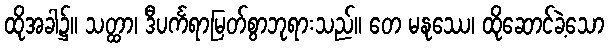
ထိုအခါ၌။ သတ္ထာ၊ ဒီပင်္ကရာမြတ်စွာဘုရားသည်။ တေ မနုဿေ၊ ထိုဆောင်ခဲ့သော